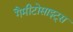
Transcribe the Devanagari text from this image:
गैमीटोसाइट्स